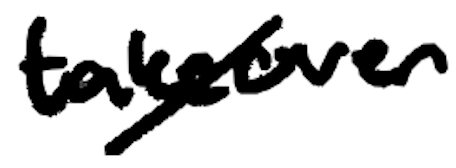
Text: takeover
Cross-out: diagonal
Writing tool: digital_black